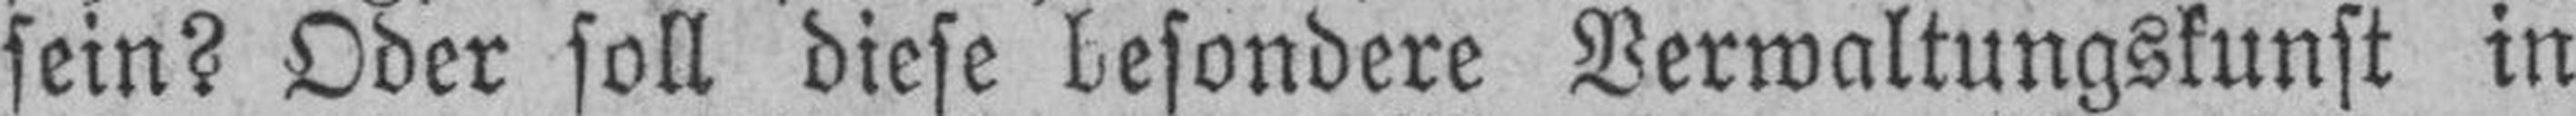
sein? Oder soll diese besondere Verwaltungskunst in